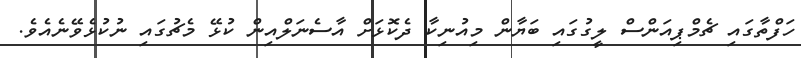
ހަފްތާގައި ޗެމްޕިއަންސް ލީގުގައި ބަޔާން މިއުނިކާ ދެކޮޅަށް އާސެނަލްއިން ކުޅޭ މެޗުގައި ނުކުޅެވޭނެއެވެ.